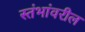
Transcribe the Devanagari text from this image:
स्तंभांवरील